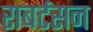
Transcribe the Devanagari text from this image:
राबर्टसन